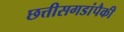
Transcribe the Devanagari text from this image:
छत्तीसगडांपैकी